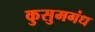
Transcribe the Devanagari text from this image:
कुसुमगंध